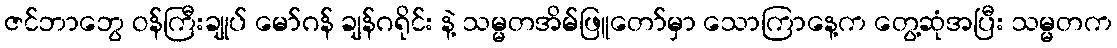
ဇင်ဘာဘွေ ဝန်ကြီးချုပ် မော်ဂန် ချန်ဂရိုင်း နဲ့ သမ္မတအိမ်ဖြူတော်မှာ သောကြာနေ့က တွေ့ဆုံအပြီး သမ္မတက